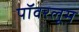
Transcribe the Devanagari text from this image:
पॉवरलूम